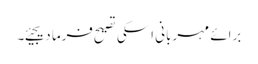
برائے مہربانی اسکی تصیح فرما دیجیئے۔